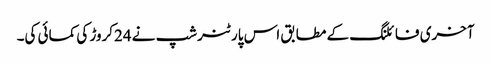
آخری فائلنگ کے مطابق اس پارٹنرشپ نے 24کروڑ کی کمائی کی۔